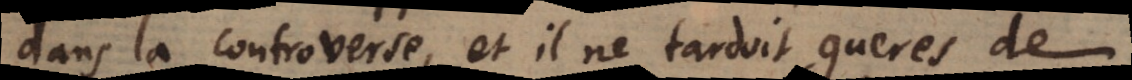
dans la controverse, et il ne tardoit gueres de